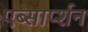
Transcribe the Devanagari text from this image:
एब्सार्प्शन